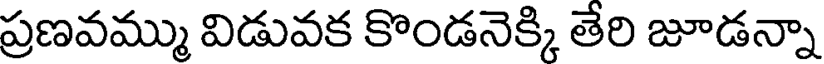
ప్రణవమ్ము విడువక కొండనెక్కి తేరి జూడన్నా